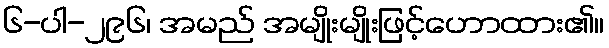
၆-ပါ-၂၉၆၊ အမည် အမျိုးမျိုးဖြင့်ဟောထား၏။